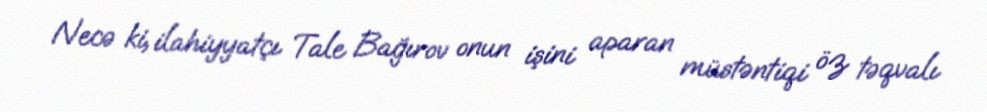
Necə ki, ilahiyyatçı Tale Bağırov onun işini aparan müstəntiqi öz təqvalı